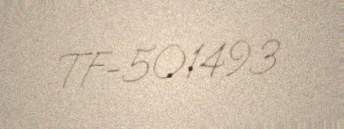
TF-501493